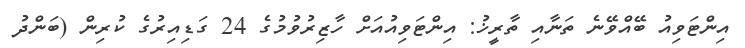
އިންޓަވިއު ބޭއްވޭނެ ތަނާއި ތާރީޚު: އިންޓަވިއުއަށް ހާޒިރުވުމުގެ 24 ގަޑިއިރުގެ ކުރިން (ބަންދު